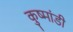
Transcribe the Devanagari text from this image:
कुष्मांडी